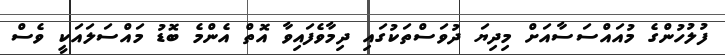
ފުލުހުންގެ މުއައްސަސާއަށް މިދިޔަ ދުވަސްތަކުގައި ދިމާވެފައިވާ އޮތް އެންމެ ބޮޑު މައްސަލައަކީ ވެސް